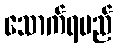
သောက်ရမည်